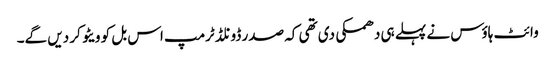
وائٹ ہاؤس نے پہلے ہی دھمکی دی تھی کہ صدر ڈونلڈ ٹرمپ اس بل کو ویٹو کر دیں گے۔